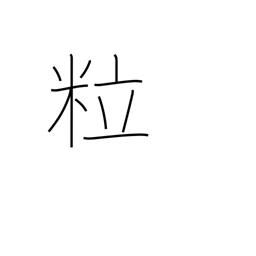
Meaning: grains